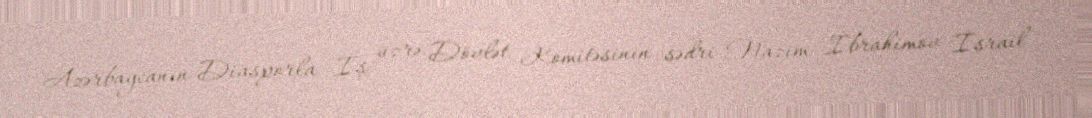
Azərbaycanın Diasporla İş üzrə Dövlət Komitəsinin sədri Nazim İbrahimov İsrail